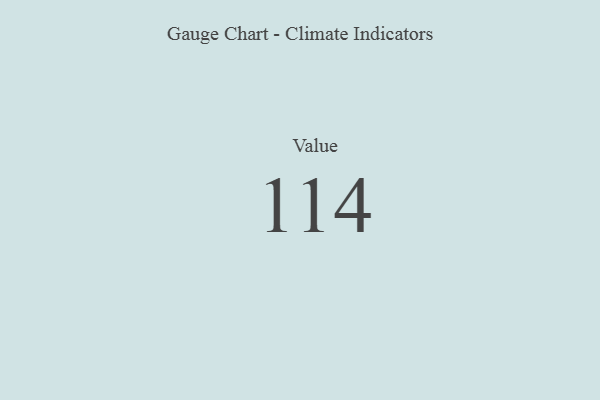
{"axis": {"x": "Metric", "y": "Value"}, "legend": [""], "data": [{"x": "Value", "y": 114, "type": ""}]}